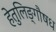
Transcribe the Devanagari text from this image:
हेतुलिङ्गौषध